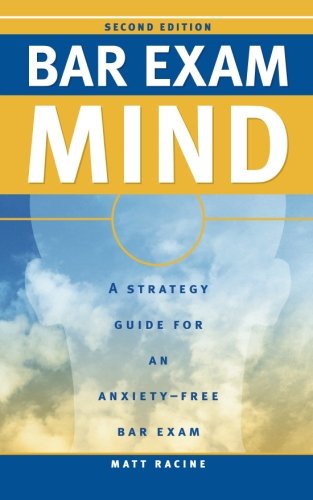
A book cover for Bar Exam Mind: A Strategy Guide for an Anxiety-Free Bar Exam; Matt Racine; Test Preparation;